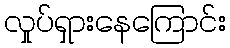
လှုပ်ရှားနေကြောင်း